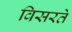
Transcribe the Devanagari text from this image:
विसरते